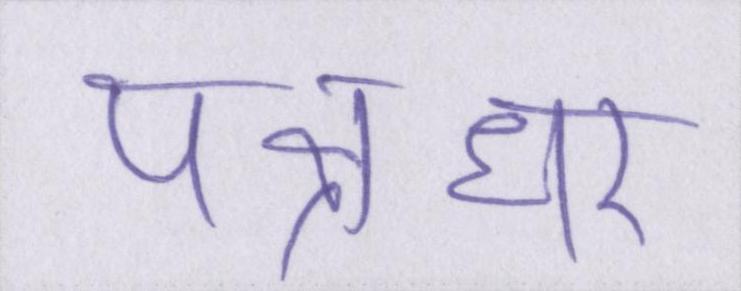
पक्षधर